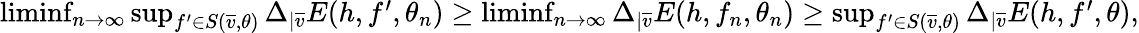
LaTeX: \begin{array}{r}{\operatorname*{liminf}_{n\rightarrow\infty}\operatorname*{sup}_{f^{\prime}\in S(\overline{v},\theta)}\Delta_{|\overline{v}}E(h,f^{\prime},\theta_{n})\geq\operatorname*{liminf}_{n\rightarrow\infty}\Delta_{|\overline{v}}E(h,f_{n},\theta_{n})\geq\operatorname*{sup}_{f^{\prime}\in S(\overline{v},\theta)}\Delta_{|\overline{v}}E(h,f^{\prime},\theta),}\end{array}